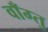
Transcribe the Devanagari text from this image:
वाँग्तु